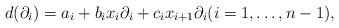
LaTeX: \begin{align*}d(\partial_i)=a_i + b_ix_i\partial_i+c_i x_{i+1}\partial_i (i=1,\dots, n-1),\end{align*}